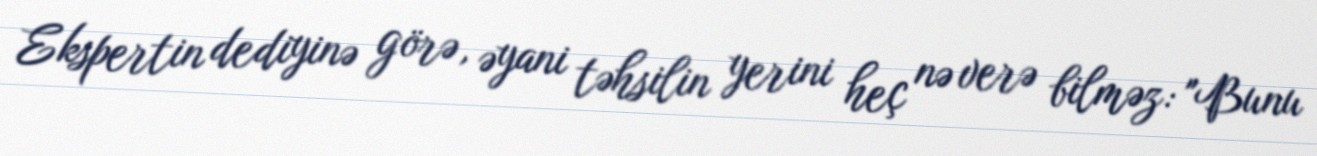
Ekspertin dediyinə görə, əyani təhsilin yerini heç nə verə bilməz: "Bunu